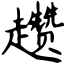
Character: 趱